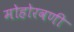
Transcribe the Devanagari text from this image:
मोहोरवणी